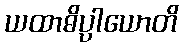
ယထာဓိပ္ပါယောတိ